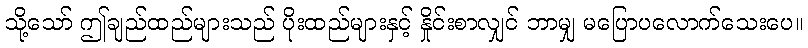
သို့သော် ဤချည်ထည်များသည် ပိုးထည်များနှင့် နှိုင်းစာလျှင် ဘာမျှ မပြောပလောက်သေးပေ။